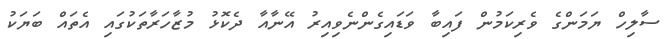
ސާލިހް ޔަމަންގެ ވެރިކަމުން ފައިބާ ވަޑައިގެންނެވިއިރު އޭނާއާ ދެކޮޅު މުޒާހަރާތަކުގައި އެތައް ބަޔަކު